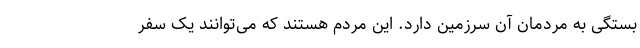
بستگی به مردمان آن سرزمین دارد. این مردم هستند که می‌توانند یک سفر